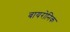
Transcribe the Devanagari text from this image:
बायरोनिक